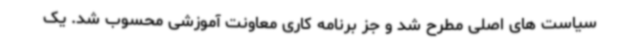
سیاست های اصلی مطرح شد و جز برنامه کاری معاونت آموزشی محسوب شد. یک